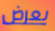
يعرض